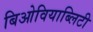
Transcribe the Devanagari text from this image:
बिओवियाब्लिटी